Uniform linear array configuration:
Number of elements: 48
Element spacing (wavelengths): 0.5
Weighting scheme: cosine
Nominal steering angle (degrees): -45
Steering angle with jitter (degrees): -46.984
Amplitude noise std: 0.05
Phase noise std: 0.05

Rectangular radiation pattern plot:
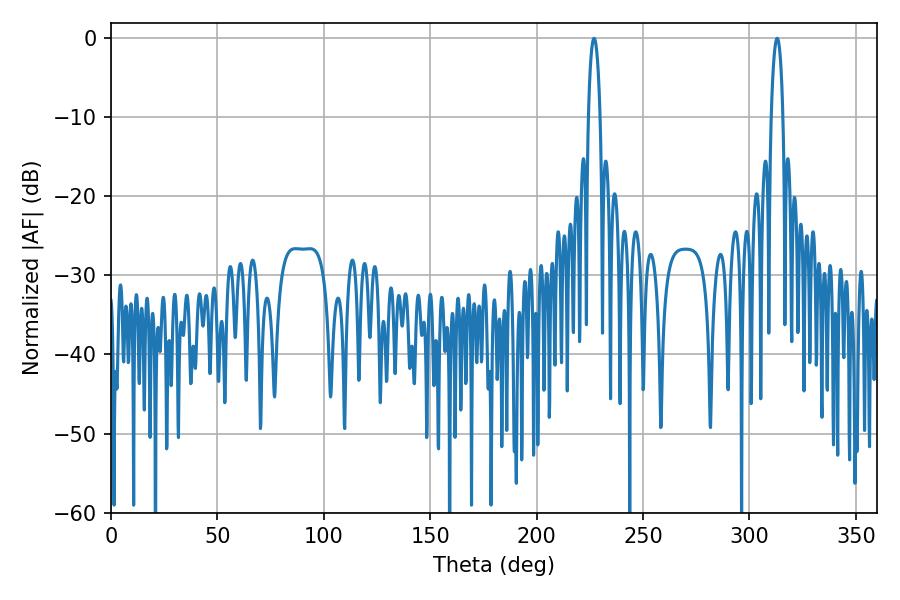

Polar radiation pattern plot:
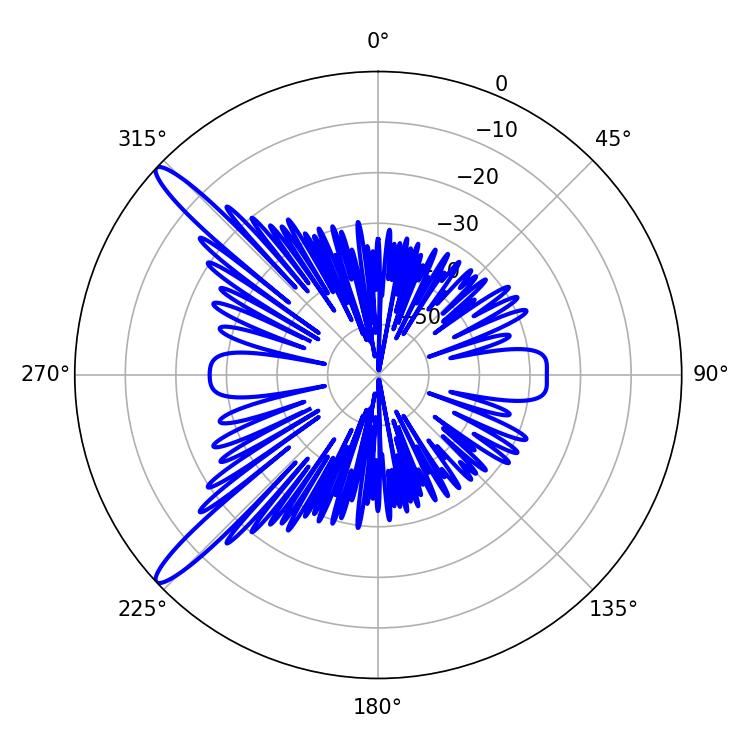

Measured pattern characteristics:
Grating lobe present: FALSE
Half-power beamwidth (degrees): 3.06
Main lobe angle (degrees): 226.98